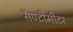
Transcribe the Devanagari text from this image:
सॅण्टीमीटर